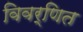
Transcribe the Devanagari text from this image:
विवर्णित